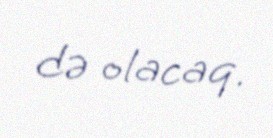
də olacaq.